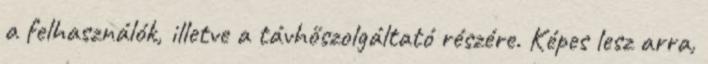
a felhasználók, illetve a távhőszolgáltató részére. Képes lesz arra,